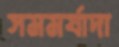
সমমর্যাদা